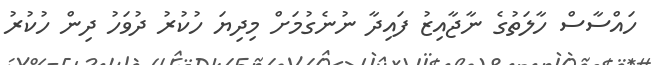
ހައްސާސް ހާލަތުގެ ނާޖާއިޒު ފައިދާ ނުނެގުމަށް މިދިޔަ ހުކުރު ދުވަހު ދިން ހުކުރު